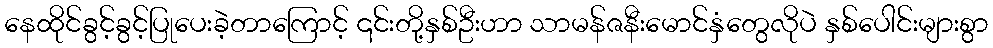
နေထိုင်ခွင့်ခွင့်ပြုပေးခဲ့တာကြောင့် ၎င်းတို့နှစ်ဦးဟာ သာမန်ဇနီးမောင်နှံတွေလိုပဲ နှစ်ပေါင်းများစွာ